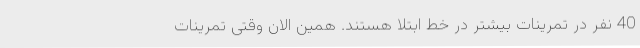
40 نفر در تمرینات بیشتر در خط ابتلا هستند. همین الان وقتی تمرینات